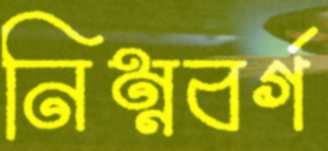
নিম্নবর্গ